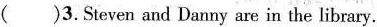
( ) 3.Steven and Danny are in the library.